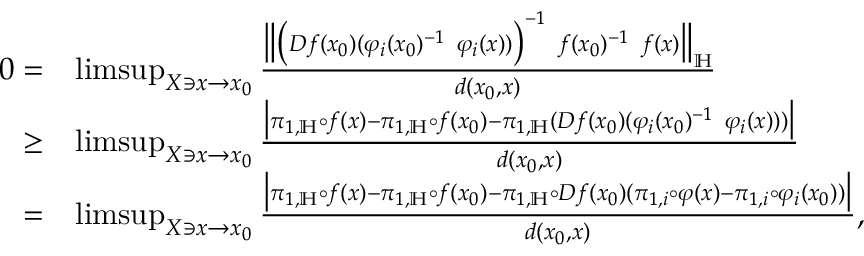
\begin{array} { r l } { 0 = } & { \operatorname* { l i m s u p } _ { X \ni x \to x _ { 0 } } \frac { \big \| \big ( D f ( x _ { 0 } ) ( \varphi _ { i } ( x _ { 0 } ) ^ { - 1 } \ \varphi _ { i } ( x ) ) \big ) ^ { - 1 } \ f ( x _ { 0 } ) ^ { - 1 } \ f ( x ) \big \| _ { \mathbb H } } { d ( x _ { 0 } , x ) } } \\ { \geq } & { \operatorname* { l i m s u p } _ { X \ni x \to x _ { 0 } } \frac { \big | \pi _ { 1 , \mathbb { H } } \circ f ( x ) - \pi _ { 1 , \mathbb { H } } \circ f ( x _ { 0 } ) - \pi _ { 1 , \mathbb { H } } ( D f ( x _ { 0 } ) ( \varphi _ { i } ( x _ { 0 } ) ^ { - 1 } \ \varphi _ { i } ( x ) ) ) \big | } { d ( x _ { 0 } , x ) } } \\ { = } & { \operatorname* { l i m s u p } _ { X \ni x \to x _ { 0 } } \frac { \big | \pi _ { 1 , \mathbb { H } } \circ f ( x ) - \pi _ { 1 , \mathbb { H } } \circ f ( x _ { 0 } ) - \pi _ { 1 , \mathbb { H } } \circ D f ( x _ { 0 } ) ( \pi _ { 1 , i } \circ \varphi ( x ) - \pi _ { 1 , i } \circ \varphi _ { i } ( x _ { 0 } ) ) \big | } { d ( x _ { 0 } , x ) } , } \end{array}